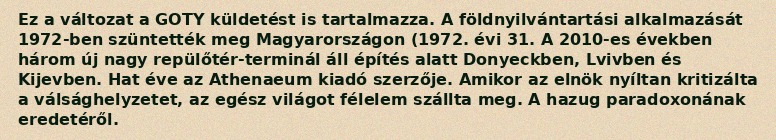
Ez a változat a GOTY küldetést is tartalmazza. A földnyilvántartási alkalmazását 1972-ben szüntették meg Magyarországon (1972. évi 31. A 2010-es években három új nagy repülőtér-terminál áll építés alatt Donyeckben, Lvivben és Kijevben. Hat éve az Athenaeum kiadó szerzője. Amikor az elnök nyíltan kritizálta a válsághelyzetet, az egész világot félelem szállta meg. A hazug paradoxonának eredetéről.